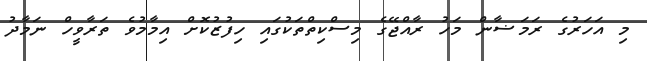
މި އަހަރުގެ ރަމަޟާން މަހު ރާއްޖޭގެ މިސްކިތްތަކުގައި ހިފުޒުކޮށް އިމާމުވެ ތަރާވީހް ނަމާދު